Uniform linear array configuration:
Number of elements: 12
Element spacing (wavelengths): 0.5
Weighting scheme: cosine
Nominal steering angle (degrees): -60
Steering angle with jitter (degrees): -58.317
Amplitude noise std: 0.05
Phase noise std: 0.05

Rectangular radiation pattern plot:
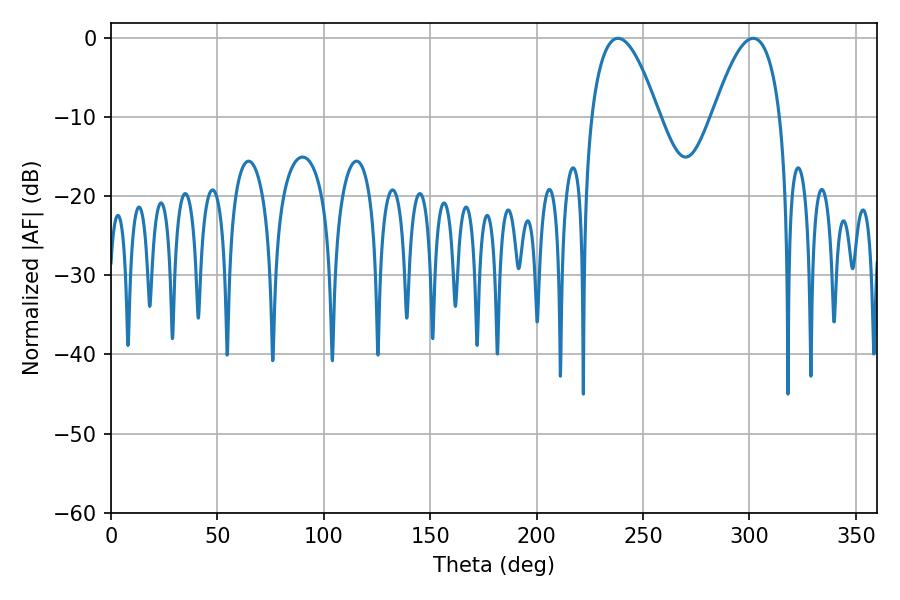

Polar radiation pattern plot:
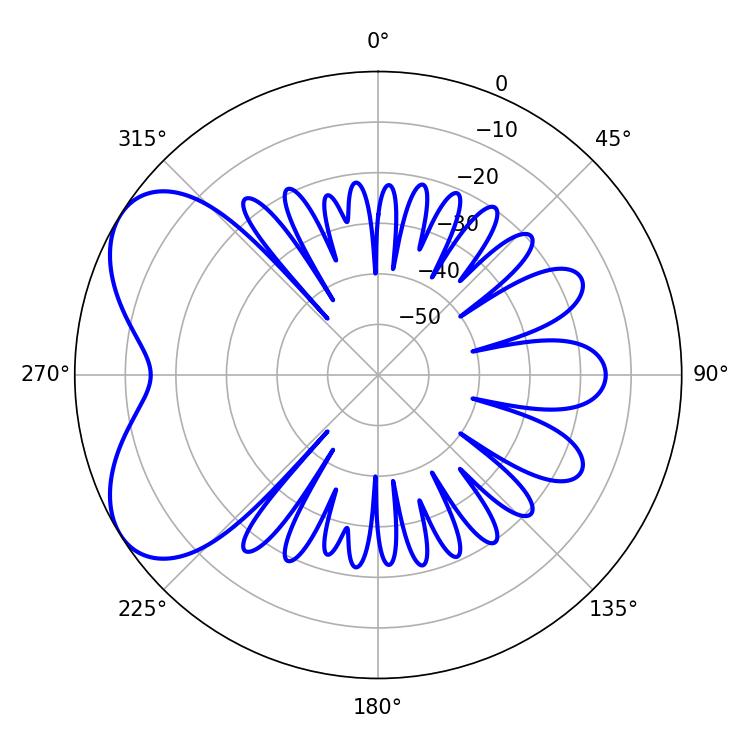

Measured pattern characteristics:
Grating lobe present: FALSE
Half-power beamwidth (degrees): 17.46
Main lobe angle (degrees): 238.32